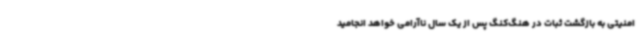
امنیتی به بازگشت ثبات در هنگ‌کنگ پس از یک سال ناآرامی خواهد انجامید